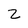
Character: 2